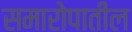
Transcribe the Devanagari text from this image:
समारोपातील